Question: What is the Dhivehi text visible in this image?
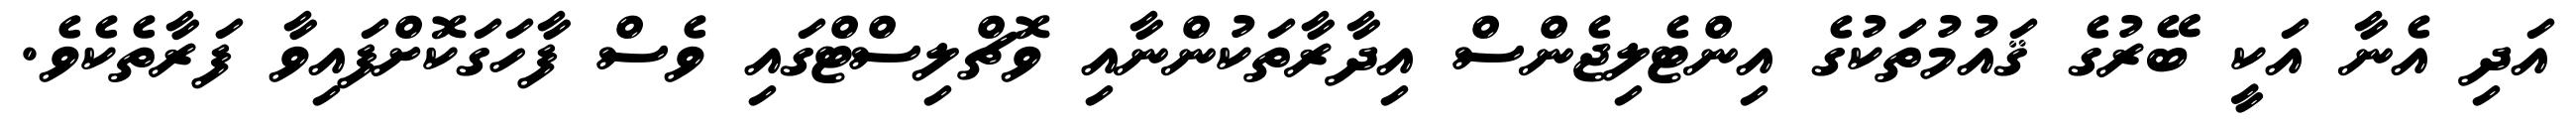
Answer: އަދި އެނާ އަކީ ބޭރުގެ ޤައުމުތަކުގެ އިންޓެލިޖެންސް އިދާރާތަކުންނާއި ވޮޗްލިސްޓްގައި ވެސް ފާހަގަކޮށްފައިވާ ފަރާތެކެވެ.